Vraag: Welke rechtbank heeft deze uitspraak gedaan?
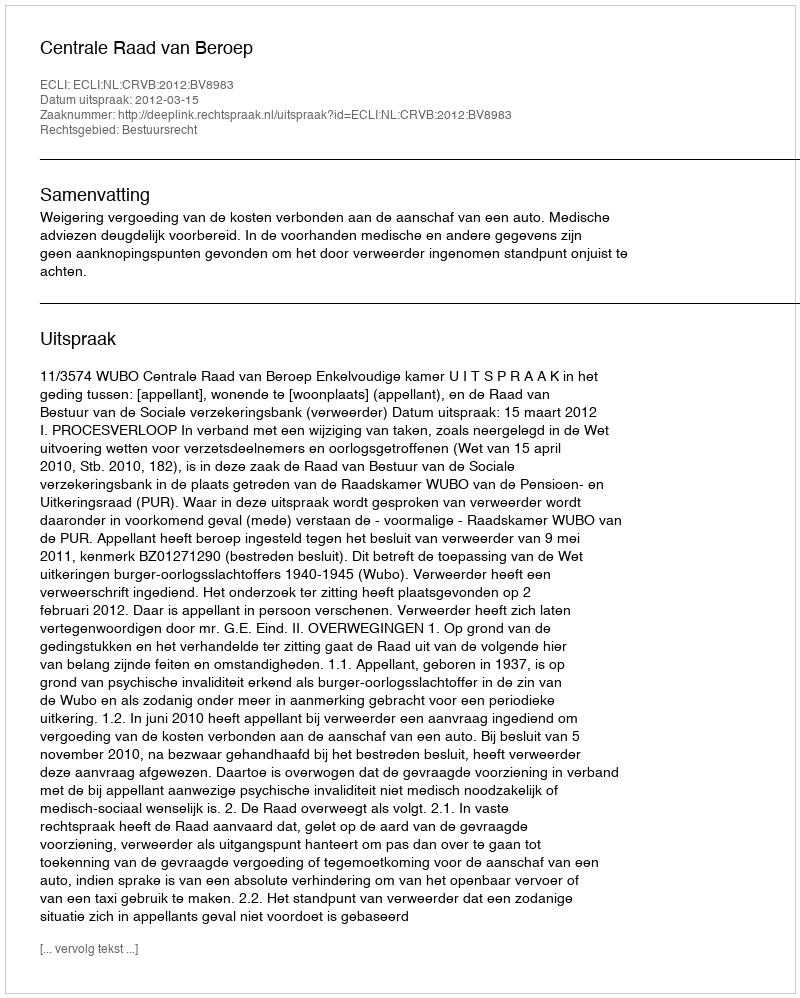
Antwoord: Centrale Raad van Beroep